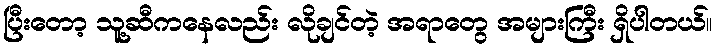
ပြီးတော့ သူ့ဆီကနေလည်း လိုချင်တဲ့ အရာတွေ အများကြီး ရှိပါတယ်။